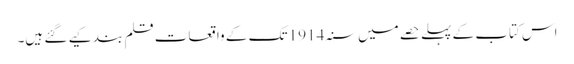
اس کتاب کے پہلے حصے میں سنہ 1914 تک کے واقعات قلم بند کیے گئے ہیں۔